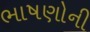
ભાષણોની